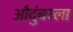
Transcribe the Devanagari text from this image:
औदुंबरला